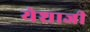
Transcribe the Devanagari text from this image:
येशाजी